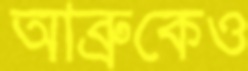
আব্রুকেও